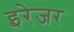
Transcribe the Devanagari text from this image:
इरेजर